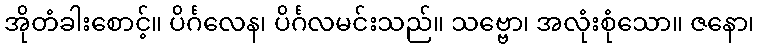
အိုတံခါးစောင့်။ ပိင်္ဂလေန၊ ပိင်္ဂလမင်းသည်။ သဗ္ဗော၊ အလုံးစုံသော။ ဇနော၊